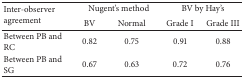
<table><thead><tr><td rowspan="2"><b>Inter-observer agreement</b></td><td colspan="2"><b>Nugent&#x27;s method</b></td><td colspan="2"><b>BV by Hay&#x27;s</b></td></tr><tr><td><b>BV</b></td><td><b>Normal</b></td><td><b>Grade I</b></td><td><b>Grade III</b></td></tr></thead><tbody><tr><td>Between PB and RC</td><td>0.82</td><td>0.75</td><td>0.91</td><td>0.88</td></tr><tr><td>Between PB and SG</td><td>0.67</td><td>0.63</td><td>0.72</td><td>0.76</td></tr></tbody></table>